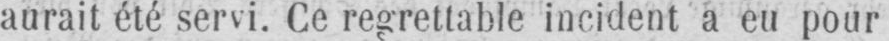
aurait été servi. Ce regrettable incident a eu pour